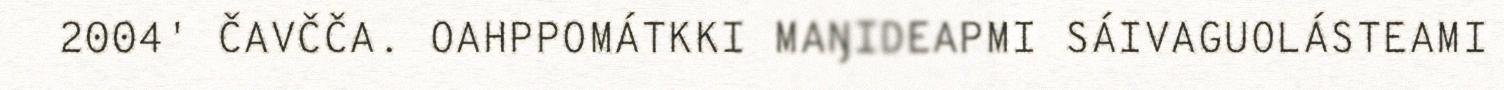
2004' ČAVČČA. OAHPPOMÁTKKI MAŊIDEAPMI SÁIVAGUOLÁSTEAMI